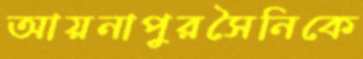
আয়নাপুরসৈনিকে